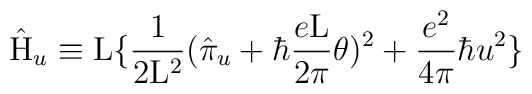
\hat{\rm H}_u \equiv {\rm L} \{ \frac{1}{2{\rm L}^2}(\hat{\pi}_u + \hbar \frac{e\rm L}{2\pi} \theta)^2 +\frac{e^2}{4\pi} \hbar u^2 \}